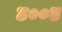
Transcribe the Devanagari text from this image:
४००४